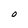
Character: O